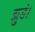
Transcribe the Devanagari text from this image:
झुडं।